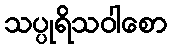
သပ္ပုရိသဝါစော